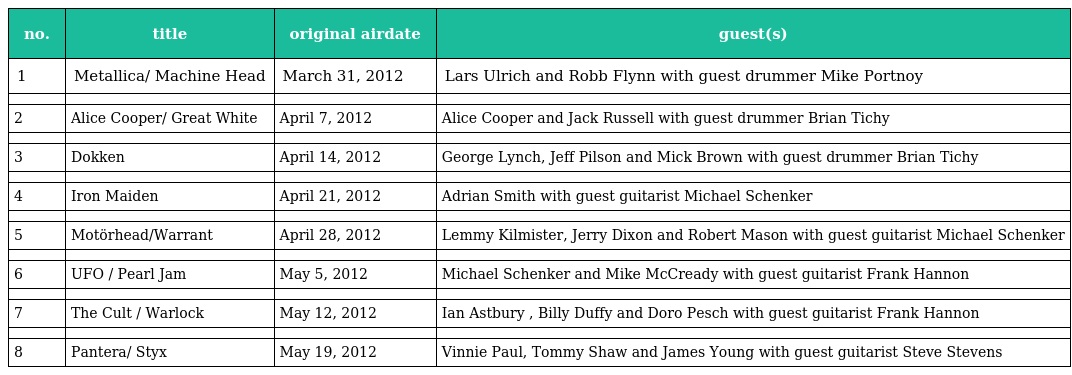
| no. | title | original airdate | guest(s) |
 | --- | --- | --- | --- |
 | 1 | Metallica/ Machine Head | March 31, 2012 | Lars Ulrich and Robb Flynn with guest drummer Mike Portnoy |
 |  |  |  |  |
 | 2 | Alice Cooper/ Great White | April 7, 2012 | Alice Cooper and Jack Russell with guest drummer Brian Tichy |
 |  |  |  |  |
 | 3 | Dokken | April 14, 2012 | George Lynch, Jeff Pilson and Mick Brown with guest drummer Brian Tichy |
 |  |  |  |  |
 | 4 | Iron Maiden | April 21, 2012 | Adrian Smith with guest guitarist Michael Schenker |
 |  |  |  |  |
 | 5 | Motörhead/Warrant | April 28, 2012 | Lemmy Kilmister, Jerry Dixon and Robert Mason with guest guitarist Michael Schenker |
 |  |  |  |  |
 | 6 | UFO / Pearl Jam | May 5, 2012 | Michael Schenker and Mike McCready with guest guitarist Frank Hannon |
 |  |  |  |  |
 | 7 | The Cult / Warlock | May 12, 2012 | Ian Astbury , Billy Duffy and Doro Pesch with guest guitarist Frank Hannon |
 |  |  |  |  |
 | 8 | Pantera/ Styx | May 19, 2012 | Vinnie Paul, Tommy Shaw and James Young with guest guitarist Steve Stevens |